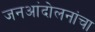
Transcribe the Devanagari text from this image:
जनआंदोलनांचा